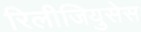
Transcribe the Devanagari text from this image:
रिलीजियुसेस